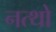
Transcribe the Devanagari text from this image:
नत्थो